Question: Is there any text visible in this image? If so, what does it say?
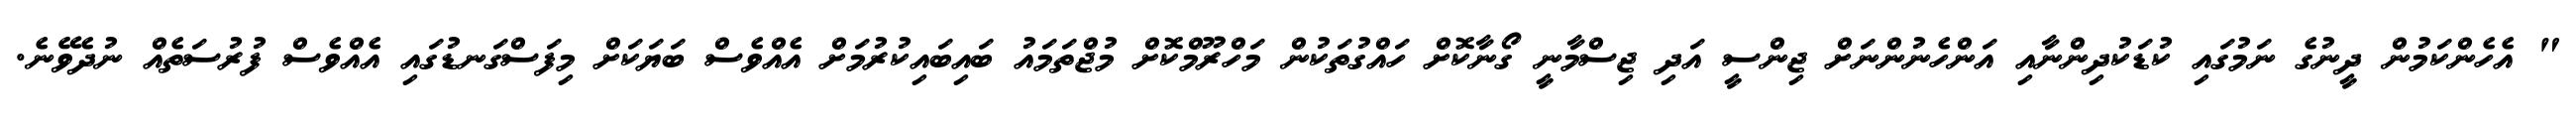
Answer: " އެހެންކަމުން ދީނުގެ ނަމުގައި ކުޑަކުދިންނާއި އަންހެނުންނަށް ޖިންސީ އަދި ޖިސްމާނީ ގޯނާކޮށް ހައްގުތަކުން މަހްރޫމްކޮށް މުޖްތަމައު ބައިބައިކުރުމަށް އެއްވެސް ބަޔަކަށް މިފަސްގަނޑުގައި އެއްވެސް ފުރުސަތެއް ނުދެވޭނެ.